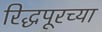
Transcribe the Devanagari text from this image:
रिद्धपूरच्या